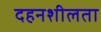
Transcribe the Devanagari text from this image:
दहनशीलता